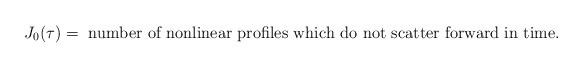
\begin{align*}J_0(\tau) = \mbox{ number of nonlinear profiles which do not scatter forward in time.} \end{align*}